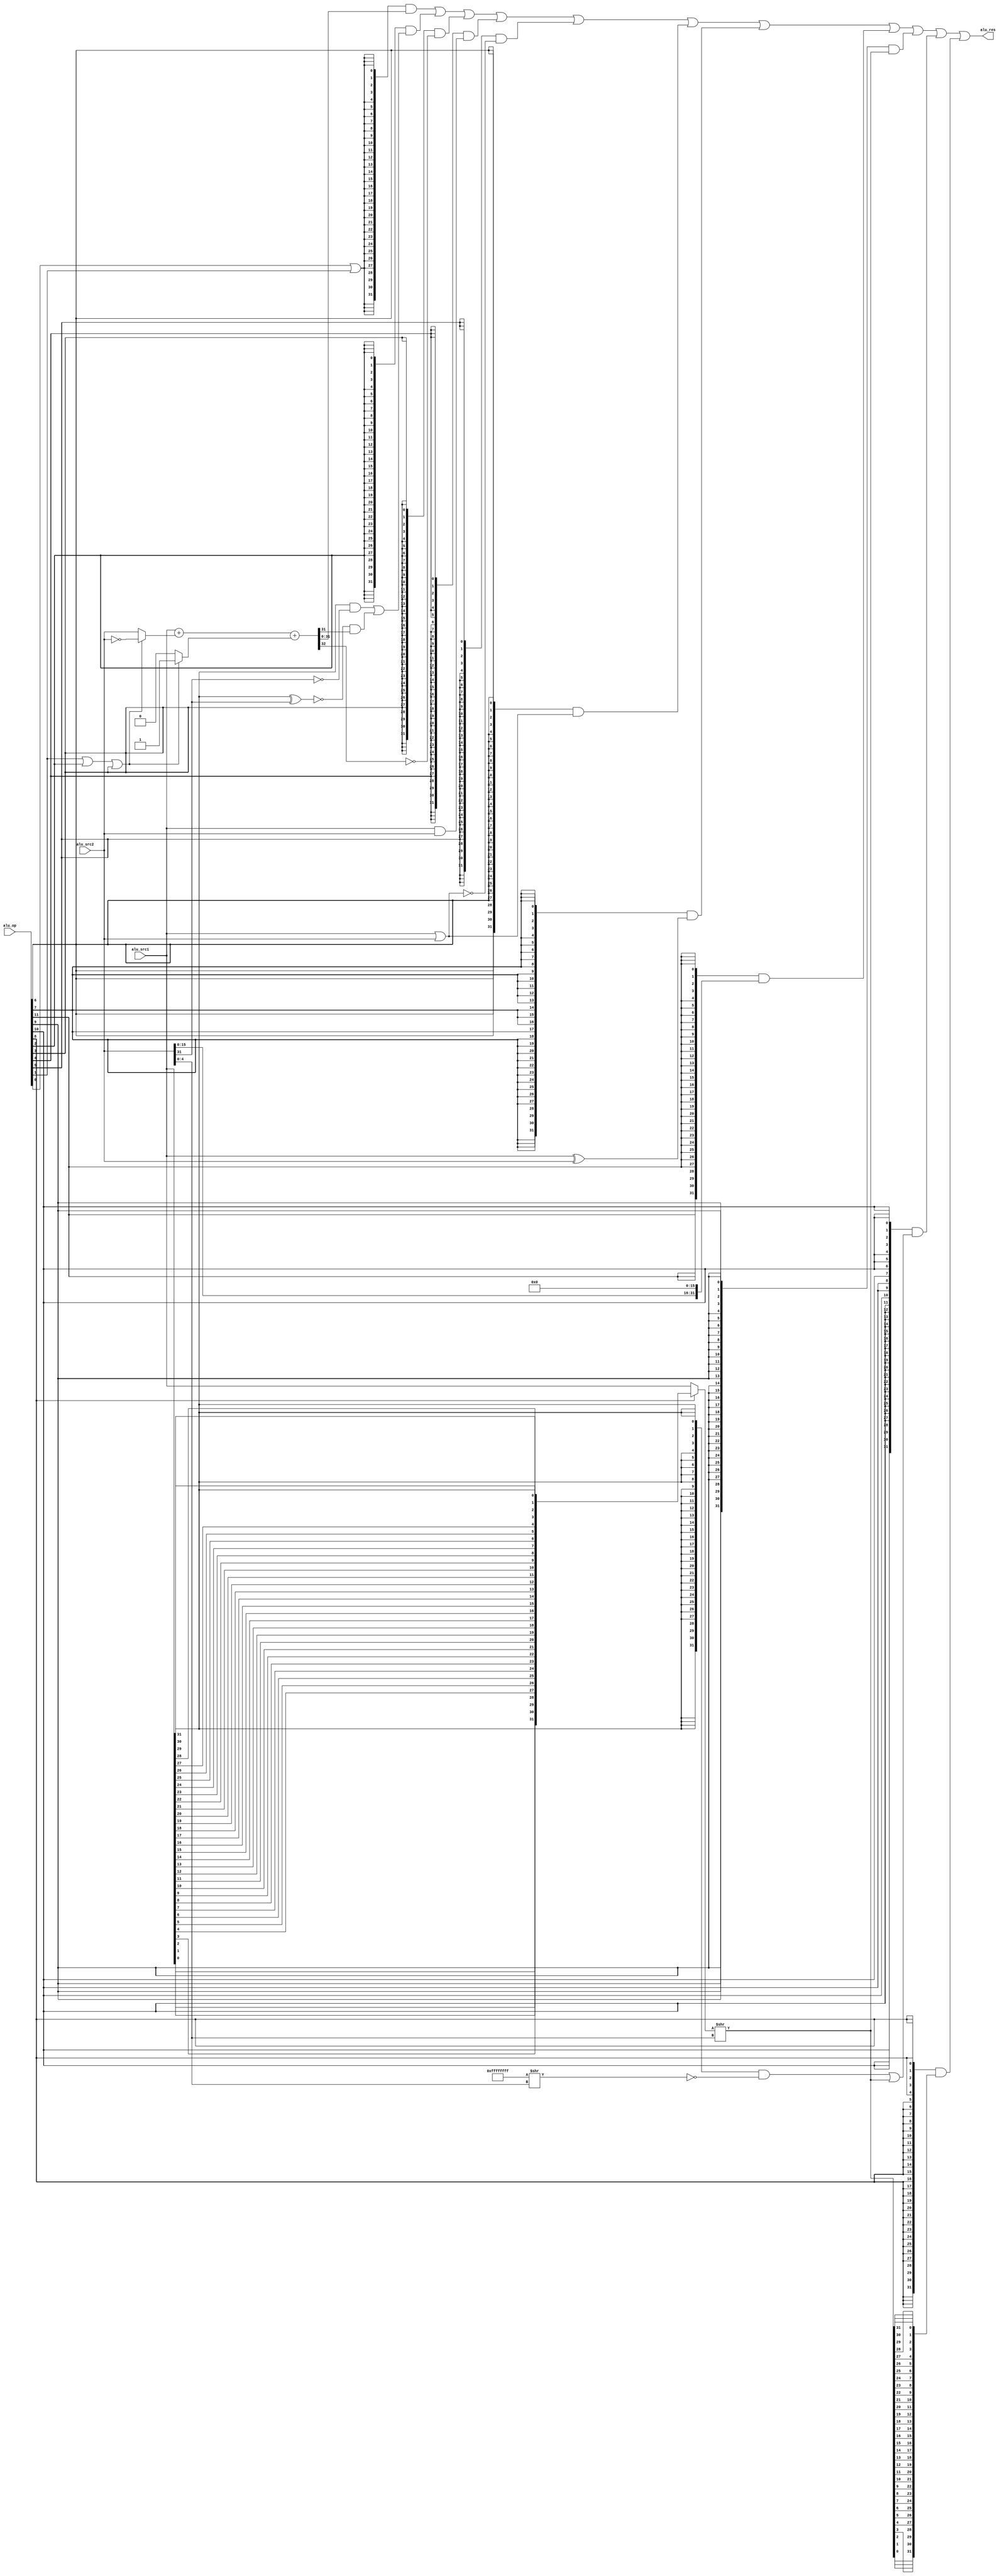
module alu(
	input  [11:0]	alu_op		,
	input  [31:0]	alu_src1	,
	input  [31:0]	alu_src2    ,
	output [31:0]	alu_res
	);
	
	wire op_add ;
	wire op_sub ;
	wire op_slt ;
	wire op_sltu;
	wire op_and ;
	wire op_nor ;
	wire op_or  ;
	wire op_xor ;
	wire op_sll ;	// Shift Word Left Logical
	wire op_srl ;	// Shift Word Right Logical
	wire op_sra ;	// Shift Word Right Arithmetic
	wire op_lui ;

	assign op_add  = alu_op[ 0];
	assign op_sub  = alu_op[ 1];
	assign op_slt  = alu_op[ 2];
	assign op_sltu = alu_op[ 3];
	assign op_and  = alu_op[ 4];
	assign op_nor  = alu_op[ 5];
	assign op_or   = alu_op[ 6];
	assign op_xor  = alu_op[ 7];
	assign op_sll  = alu_op[ 8];
	assign op_srl  = alu_op[ 9];
	assign op_sra  = alu_op[10];
	assign op_lui  = alu_op[11];
	wire [31:0]	add_sub_res;
	wire [31:0]	slt_res ;
	wire [31:0]	sltu_res;
	wire [31:0]	and_res ;
	wire [31:0]	nor_res ;
	wire [31:0]	or_res  ;
	wire [31:0]	xor_res ;
	wire [31:0]	sll_res ;
	wire [31:0]	srl_res ;
	wire [31:0]	sra_res ;
	wire [31:0]	lui_res ;
	// adder
	wire [31:0]	adder_a;
	wire [31:0] adder_b;
	wire 		adder_cin;
	wire		adder_cout;
	wire [31:0]	adder_res;
	assign adder_a = alu_src1;
	assign adder_b   = (op_sub | op_slt | op_sltu) ? ~alu_src2 : alu_src2;
	assign adder_cin = (op_sub | op_slt | op_sltu) ? 1'b1 : 1'b0;
	assign {adder_cout, adder_res} = adder_a + adder_b + adder_cin;
	// ADD, SUB
	assign add_sub_res = adder_res;
	// SLT
	assign slt_res[31:1] = 31'b0;
	assign slt_res[0] = (alu_src1[31] & ~alu_src2[31]) | (~(alu_src1[31] ^ alu_src2[31]) & adder_res[31]);
	// SLTU
	assign sltu_res[31:1] = 31'b0;
	assign sltu_res[0] = ~adder_cout;
	// bit operation
	assign and_res = alu_src1 & alu_src2;
	assign nor_res = ~(alu_src1 | alu_src2);
	assign or_res  = alu_src1 | alu_src2;
	assign xor_res = alu_src1 ^ alu_src2;
	assign lui_res = {alu_src2[15:0],16'b0};
	// 
	wire [31:0] shft_src;
	wire [31:0] sra_mask;
	wire [31:0] shft_res;
	assign shft_src = op_sll ? {alu_src1[ 0], alu_src1[ 1], alu_src1[ 2], alu_src1[ 3],
								alu_src1[ 4], alu_src1[ 5], alu_src1[ 6], alu_src1[ 7],
								alu_src1[ 8], alu_src1[ 9], alu_src1[10], alu_src1[11],
								alu_src1[12], alu_src1[13], alu_src1[14], alu_src1[15],
								alu_src1[16], alu_src1[17], alu_src1[18], alu_src1[19],
								alu_src1[20], alu_src1[21], alu_src1[22], alu_src1[23],
								alu_src1[24], alu_src1[25], alu_src1[26], alu_src1[27],
								alu_src1[28], alu_src1[29], alu_src1[30], alu_src1[31]}
							: alu_src1;
	assign sra_mask = ~(32'hffff_ffff >> alu_src2[4:0]);
	assign shft_res = shft_src >> alu_src2[4:0];

	assign srl_res = shft_res;
	assign sra_res = ({32{alu_src1[31]}} & sra_mask) | shft_res;
	assign sll_res = {shft_res[ 0], shft_res[ 1], shft_res[ 2], shft_res[ 3],
						 shft_res[ 4], shft_res[ 5], shft_res[ 6], shft_res[ 7],
						 shft_res[ 8], shft_res[ 9], shft_res[10], shft_res[11],
						 shft_res[12], shft_res[13], shft_res[14], shft_res[15],
						 shft_res[16], shft_res[17], shft_res[18], shft_res[19],
						 shft_res[20], shft_res[21], shft_res[22], shft_res[23],
						 shft_res[24], shft_res[25], shft_res[26], shft_res[27],
						 shft_res[28], shft_res[29], shft_res[30], shft_res[31]};
	// final MUX
	assign alu_res = ({32{op_add | op_sub}} & add_sub_res)
					|({32{op_slt         }} & slt_res)
					|({32{op_sltu		 }} & sltu_res)
					|({32{op_and		 }} & and_res)
					|({32{op_nor		 }} & nor_res)
					|({32{op_or 		 }} & or_res)
					|({32{op_xor		 }} & xor_res)
					|({32{op_lui  		 }} & lui_res)
					|({32{op_srl		 }} & srl_res)
					|({32{op_sra		 }} & sra_res)
					|({32{op_sll		 }} & sll_res);

endmodule